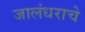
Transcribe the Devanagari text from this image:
जालंधराचे